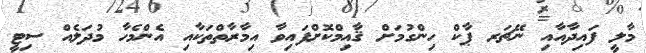
މާލީ ފައިދާއާއި ނޭޗަރ ޕާކް ހިންގުމަށް ޤާއިމްކޮށްފައިވާ އިމާރާތްތަކާއި އެންމެހާ މުދަލެއް ސިޓީ